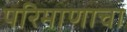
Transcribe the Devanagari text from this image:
परिमाणाचा